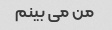
من می بینم